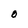
Character: O